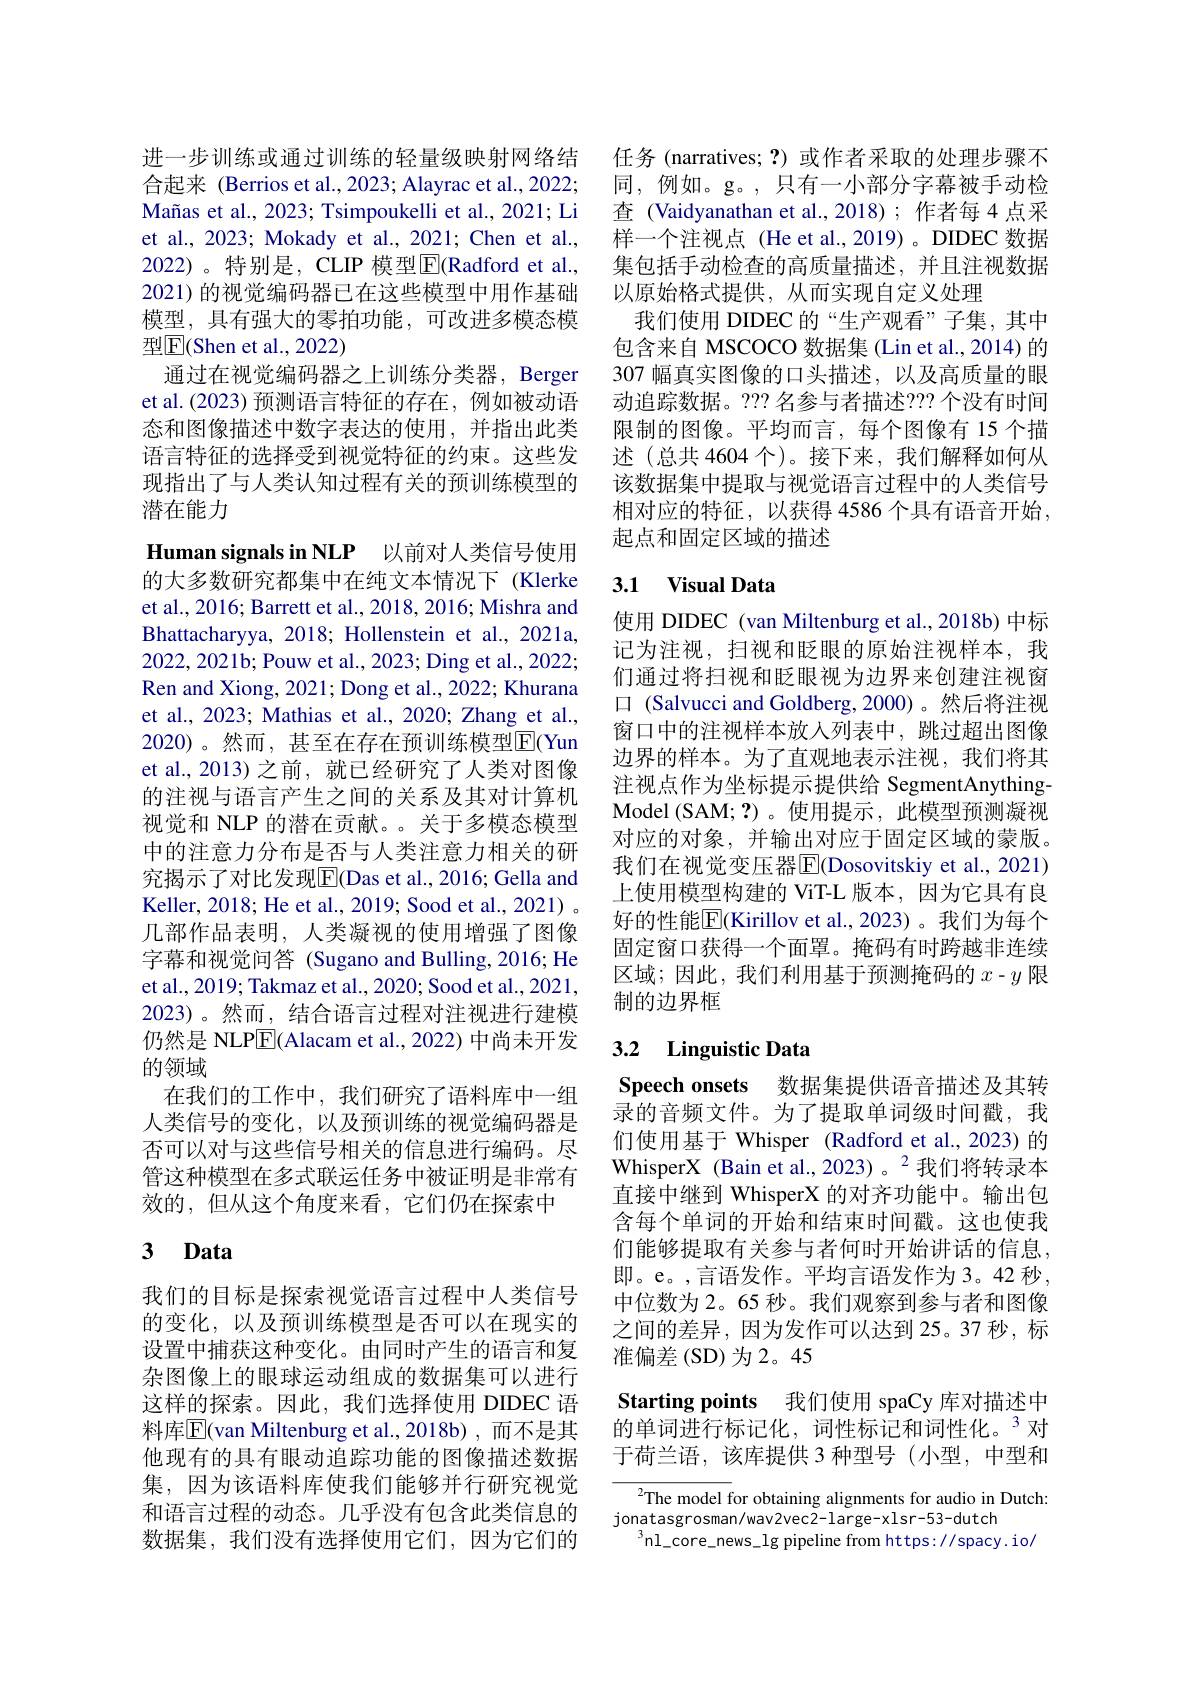
进一步训练或通过训练的轻量级映射网络结合起来 (Berrios et al.,2023; Alayrac et al., 2022; Mañas et al., 2023; Tsimpoukelli et al., 2021; Li et al., 2023; Mokady et al., 2021; Chen et al., 2022)。特别是，CLIP 模型E(Radford et al., 2021) 的视觉编码器已在这些模型中用作基础模型，具有强大的零拍功能，可改进多模态模型$\mathbb{E}($Shen et al.,2022)
通过在视觉编码器之上训练分类器，Berger et al.(2023) 预测语言特征的存在，例如被动语态和图像描述中数字表达的使用，并指出此类语言特征的选择受到视觉特征的约束。这些发现指出了与人类认知过程有关的预训练模型的潜在能力

Human signals in NLP 以前对人类信号使用

的大多数研究都集中在纯文本情况下 (Klerke et al., 2016; Barrett et al., 2018, 2016; Mishra and Bhattacharyya, 2018; Hollenstein et al., 2021a, 2022,2021b; Pouw et al., 2023; Ding et al., 2022; Ren and Xiong, 2021; Dong et al., 2022; Khurana et al., 2023; Mathias et al., 2020; Zhang et al., 2020)。然而，甚至在存在预训练模型$\overline{\mathrm{E}}($Yun et al.,2013) 之前，就已经研究了人类对图像的注视与语言产生之间的关系及其对计算机视觉和 NLP 的潜在贡献。。关于多模态模型中的注意力分布是否与人类注意力相关的研究揭示了对比发现$\overline{\mathrm{E}}($Das et al.,2016; Gella and Keller, 2018; He et al., 2019; Sood et al., 2021) 。几部作品表明，人类凝视的使用增强了图像字幕和视觉问答 (Sugano and Bulling, 2016; He et al., 2019; Takmaz et al., 2020; Sood et al., 2021, 2023)。然而，结合语言过程对注视进行建模仍然是 NLPE(Alacam et al., 2022) 中尚未开发的领域
在我们的工作中，我们研究了语料库中一组人类信号的变化，以及预训练的视觉编码器是否可以对与这些信号相关的信息进行编码。尽管这种模型在多式联运任务中被证明是非常有效的，但从这个角度来看，它们仍在探索中
3 Data

我们的目标是探索视觉语言过程中人类信号的变化，以及预训练模型是否可以在现实的设置中捕获这种变化。由同时产生的语言和复杂图像上的眼球运动组成的数据集可以进行这样的探索。因此，我们选择使用 DIDEC 语$料库$\overline{\mathrm{E}}($van Miltenburg et al.,2018b)$, 而不是其他现有的具有眼动追踪功能的图像描述数据集，因为该语料库使我们能够并行研究视觉和语言过程的动态。几乎没有包含此类信息的数据集，我们没有选择使用它们，因为它们的

任务 (narratives;?)或作者采取的处理步骤不同，例如。g。,只有一小部分字幕被手动检查 (Vaidyanathan et al.,2018);作者每 4 点采样一个注视点 (He et al.,2019)。DIDEC 数据集包括手动检查的高质量描述，并且注视数据以原始格式提供，从而实现自定义处理
我们使用 DIDEC 的“生产观看”子集，其中包含来自 MSCOCO 数据集 (Lin et al.,2014) 的307 幅真实图像的口头描述，以及高质量的眼动追踪数据。???名参与者描述？?? 个没有时间限制的图像。平均而言，每个图像有 15 个描述(总共 4604 个)。接下来，我们解释如何从该数据集中提取与视觉语言过程中的人类信号相对应的特征，以获得 4586 个具有语音开始， 起点和固定区域的描述

## 3.1 Visual Data

使用 DIDEC (van Miltenburg et al., 2018b) 中标记为注视，扫视和眨眼的原始注视样本，我们通过将扫视和眨眼视为边界来创建注视窗口 (Salvucci and Goldberg,2000)。然后将注视窗口中的注视样本放人列表中，跳过超出图像边界的样本。为了直观地表示注视，我们将其注视点作为坐标提示提供给 SegmentAnythingModel (SAM; ?)。使用提示，此模型预测凝视对应的对象，并输出对应于固定区域的蒙版。我们在视觉变压器$\overline{\mathrm{E}}($Dosovitskiy et al., 2021) 上使用模型构建的 ViT-L 版本，因为它具有良好的性能$\overline{\mathrm{E}}($Kirillov et al., 2023)。我们为每个固定窗口获得一个面罩。掩码有时跨越非连续区域；因此，我们利用基于预测掩码的$x-y$限制的边界框

# 3.2 Linguistic Data

Speech onsets 数据集提供语音描述及其转录的音频文件。为了提取单词级时间戳，我们使用基于 Whisper (Radford et al.,2023)的WhisperX (Bain et al.,2023)。$^{2}$我们将转录本直接中继到 WhisperX 的对齐功能中。输出包含每个单词的开始和结束时间戳。这也使我们能够提取有关参与者何时开始讲话的信息， 即。e。,言语发作。平均言语发作为3。42 秒， 中位数为 2。65 秒。我们观察到参与者和图像之间的差异，因为发作可以达到 25。37 秒，标准偏差(SD)为2。45

Starting points 我们使用 spaCy 库对描述中的单词进行标记化，词性标记和词性化。$^{3}$对

于荷兰语，该库提供 3 种型号(小型，中型和

${}^{2}$The model for obtaining alignments for audio in Dutch:
jonatasgrosman/wav2vec2-large-xlsr-53-dutch
$^{3}$nl\_core\_news\_lg pipeline from https://spacy.ion